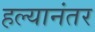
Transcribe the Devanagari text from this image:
हल्यानंतर